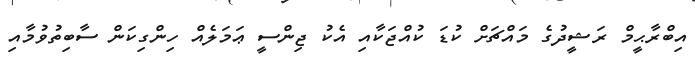
އިބްރާޙީމް ރަޝީދުގެ މައްޗަށް ކުޑަ ކުއްޖަކާއި އެކު ޖިންސީ ޢަމަލެއް ހިންގިކަން ސާބިތުވުމާއި